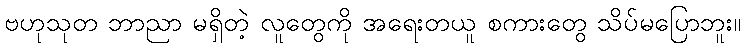
ဗဟုသုတ ဘာညာ မရှိတဲ့ လူတွေကို အရေးတယူ စကားတွေ သိပ်မပြောဘူး။